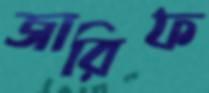
জারিফ